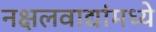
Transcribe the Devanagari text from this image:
नक्षलवाद्यांमध्ये